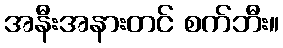
အနီးအနားတင် စက်ဘီး။